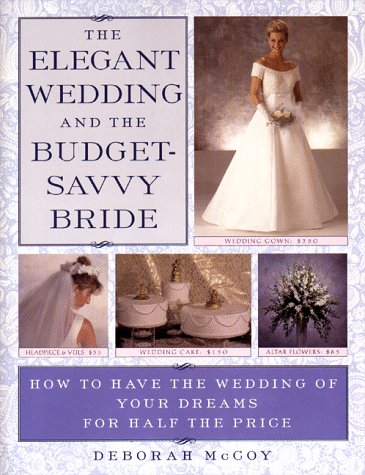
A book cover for The Elegant Wedding and the Budget-Savvy Bride: How to Have the Wedding of Your Dreams for Half the Price; Deborah McCoy; Crafts, Hobbies & Home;